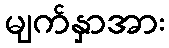
မျက်နှာအား